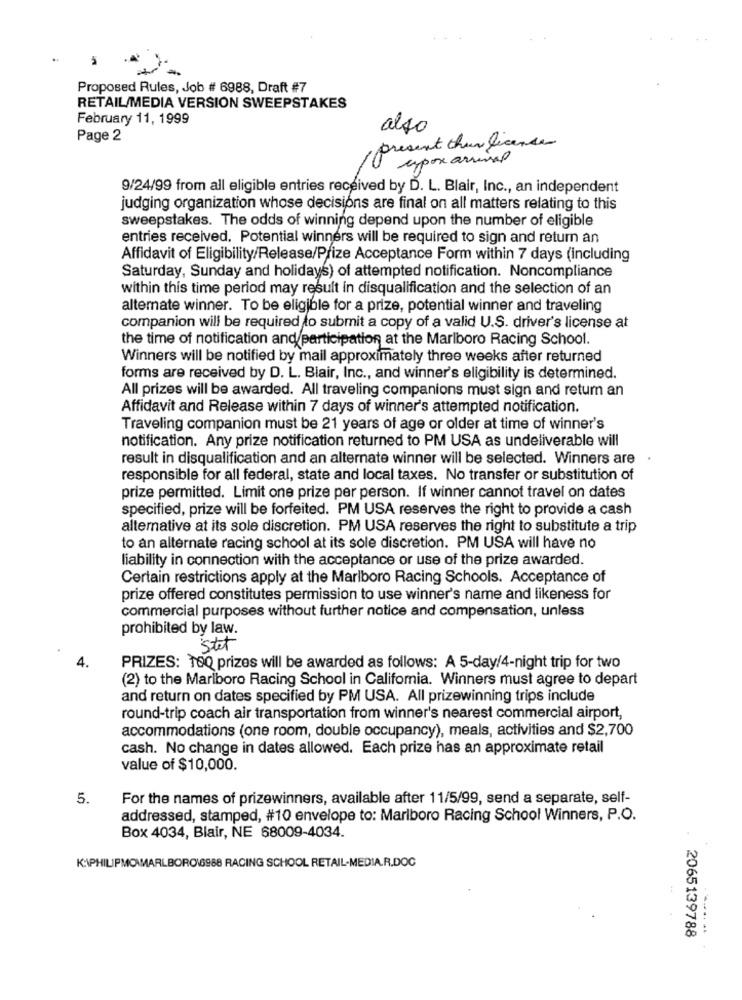
Proposed Rules, Job # 6988, Draft #7
RETAIL/MEDIA VERSION SWEEPSTAKES
February 11, 1999
also
Page 2
present than license
expox arrival
9/24/99 from all eligible entries received by D. L. Blair, Inc ., an independent
judging organization whose decisions are final on all matters relating to this
sweepstakes. The odds of winning depend upon the number of eligible
entries received. Potential winners will be required to sign and return an
Affidavit of Eligibility/Release/Prize Acceptance Form within 7 days (including
Saturday, Sunday and holidays) of attempted notification. Noncompliance
within this time period may result in disqualification and the selection of an
alternate winner. To be eligible for a prize, potential winner and traveling
companion will be required to submit a copy of a valid U.S. driver's license at
the time of notification and participation at the Marlboro Racing School.
Winners will be notified by mail approximately three weeks after returned
forms are received by D. L. Blair, Inc ., and winner's eligibility is determined.
All prizes will be awarded. All traveling companions must sign and return an
Affidavit and Release within 7 days of winner's attempted notification.
Traveling companion must be 21 years of age or older at time of winner's
notification. Any prize notification returned to PM USA as undeliverable will
result in disqualification and an alternate winner will be selected. Winners are
responsible for all federal, state and local taxes. No transfer or substitution of
prize permitted. Limit one prize per person. If winner cannot travel on dates
specified, prize will be forfeited. PM USA reserves the right to provide a cash
alternative at its sole discretion. PM USA reserves the right to substitute a trip
to an alternate racing school at its sole discretion. PM USA will have no
liability in connection with the acceptance or use of the prize awarded.
Certain restrictions apply at the Marlboro Racing Schools. Acceptance of
prize offered constitutes permission to use winner's name and likeness for
commercial purposes without further notice and compensation, unless
prohibited by law.
stet
4.
PRIZES: 100 prizes will be awarded as follows: A 5-day/4-night trip for two
(2) to the Marlboro Racing School in California. Winners must agree to depart
and return on dates specified by PM USA. All prizewinning trips include
round-trip coach air transportation from winner's nearest commercial airport,
accommodations (one room, double occupancy), meals, activities and $2,700
cash. No change in dates allowed. Each prize has an approximate retail
value of $10,000.
5.
For the names of prizewinners, available after 11/5/99, send a separate, self-
addressed, stamped, #10 envelope to: Marlboro Racing School Winners, P.O.
Box 4034, Blair, NE 68009-4034.
K:\PHILIPMO\MARLBORO\6988 RACING SCHOOL RETAIL-MEDIA.R.DOC
2065139788